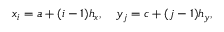
x _ { i } = a + ( i - 1 ) h _ { x } , \quad y _ { j } = c + ( j - 1 ) h _ { y } ,